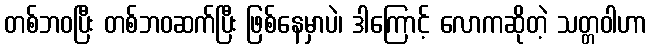
တစ်ဘဝပြီး တစ်ဘဝဆက်ပြီး ဖြစ်နေမှာပဲ၊ ဒါကြောင့် လောကဆိုတဲ့ သတ္တဝါဟာ